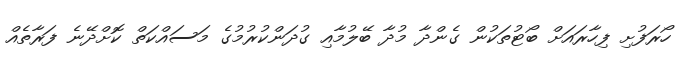
ހޯރަފުށި ފިހާރައަށް ބޯޓުތަކުން ގެންދާ މުދާ ބޭލުމާއި ގުދަންކުރުމުގެ މަސައްކަތް ކޮށްދޭނެ ފަރާތެއް